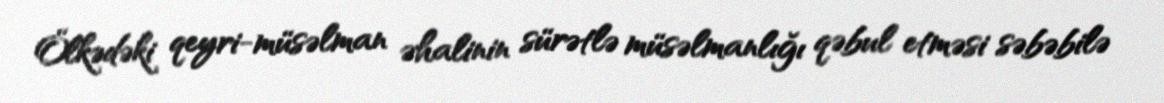
Ölkədəki qeyri-müsəlman əhalinin sürətlə müsəlmanlığı qəbul etməsi səbəbilə